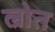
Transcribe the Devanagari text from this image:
ल्रोत